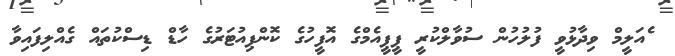
ެއަލީމް ވިދާޅުވީ ފުލުހުން ސުވާލްކުރީ ޕީޕީއެމްގެ އޮފީހުގެ ކޮންޕިއުޓަރުގެ ހާޑް ޑިސްކުތައް ގެއްލިފައިވާ